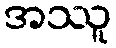
အဿူ